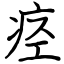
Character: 痉